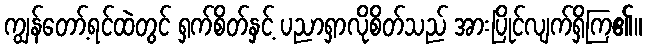
ကျွန်တော့်ရင်ထဲတွင် ရှက်စိတ်နှင့် ပညာရှာလိုစိတ်သည် အားပြိုင်လျက်ရှိကြ၏။